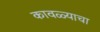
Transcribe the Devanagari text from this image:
कावळ्याचा